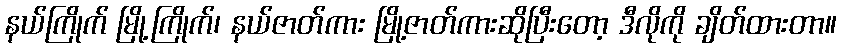
နယ်ကြိုက် မြို့ကြိုက်၊ နယ်ဇာတ်ကား မြို့ဇာတ်ကားဆိုပြီးတော့ ဒီလိုကို ချိတ်ထားတာ။